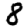
Digit: 8